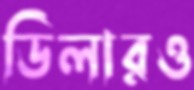
ডিলারও